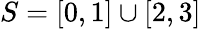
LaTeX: S=[0,1]\cup[2,3]